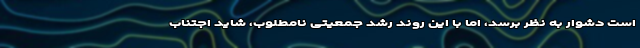
است دشوار به نظر برسد، اما با این روند رشد جمعیتی نامطلوب، شاید اجتناب